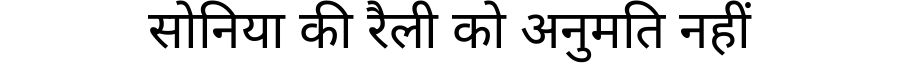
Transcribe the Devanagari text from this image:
सोनिया की रैली को अनुमति नहीं